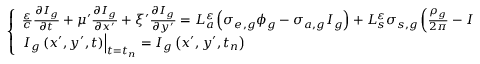
\left\{ \begin{array} { l } { { \frac { \varepsilon } { c } \frac { \partial I _ { g } } { \partial t } + \mu ^ { \prime } \frac { \partial I _ { g } } { \partial x ^ { \prime } } + \xi ^ { \prime } \frac { \partial I _ { g } } { \partial y ^ { \prime } } = L _ { a } ^ { \varepsilon } \left( \sigma _ { e , g } \phi _ { g } - \sigma _ { a , g } I _ { g } \right) + L _ { s } ^ { \varepsilon } \sigma _ { s , g } \left( \frac { \rho _ { g } } { 2 \pi } - I _ { g } \right) } } \\ { { \left. I _ { g } \left( x ^ { \prime } , y ^ { \prime } , t \right) \right| _ { t = t _ { n } } = I _ { g } \left( x ^ { \prime } , y ^ { \prime } , t _ { n } \right) } } \end{array} \right.